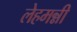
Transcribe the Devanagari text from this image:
लेहमन्नी